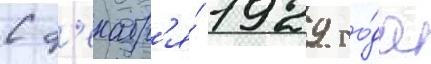
С д'екабр'я́ 1929 го́да